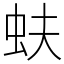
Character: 蚨